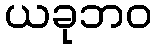
ယခုဘဝ